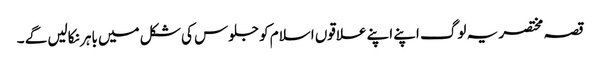
قصہ مختصر یہ لوگ اپنے اپنے علاقوں اسلام کو جلوس کی شکل میں باہر نکالیں گے ۔